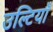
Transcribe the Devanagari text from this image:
उल्टियाँ